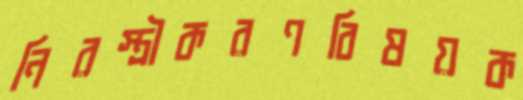
নিরস্ত্রীকরণবিষয়ক